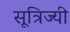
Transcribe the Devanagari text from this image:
सूत्रिज्यी